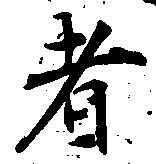
者